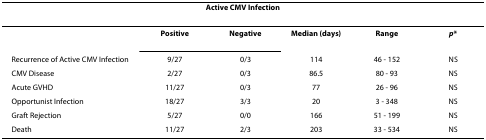
<table><thead><tr><td colspan="6"><b>Active CMV Infection</b></td></tr></thead><tbody><tr><td></td><td><b>Positive</b></td><td><b>Negative</b></td><td><b>Median (days)</b></td><td><b>Range</b></td><td><b><i>p</i>*</b></td></tr><tr><td>Recurrence of Active CMV Infection</td><td>9/27</td><td>0/3</td><td>114</td><td>46 - 152</td><td>NS</td></tr><tr><td>CMV Disease</td><td>2/27</td><td>0/3</td><td>86.5</td><td>80 - 93</td><td>NS</td></tr><tr><td>Acute GVHD</td><td>11/27</td><td>0/3</td><td>77</td><td>26 - 96</td><td>NS</td></tr><tr><td>Opportunist Infection</td><td>18/27</td><td>3/3</td><td>20</td><td>3 - 348</td><td>NS</td></tr><tr><td>Graft Rejection</td><td>5/27</td><td>0/0</td><td>166</td><td>51 - 199</td><td>NS</td></tr><tr><td>Death</td><td>11/27</td><td>2/3</td><td>203</td><td>33 - 534</td><td>NS</td></tr></tbody></table>